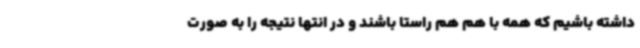
داشته باشیم که همه با هم هم راستا باشند و در انتها نتیجه را به صورت